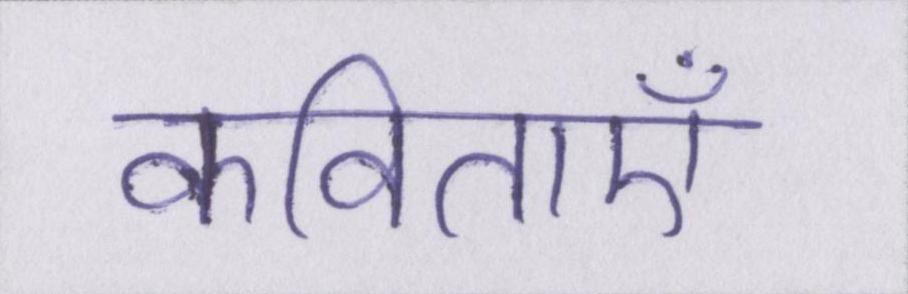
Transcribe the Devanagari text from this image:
कविताएँ